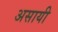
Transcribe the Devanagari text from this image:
असायी